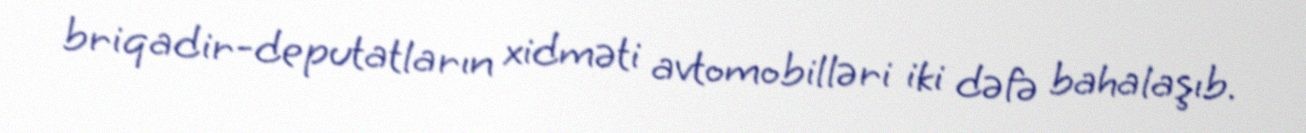
briqadir-deputatların xidməti avtomobilləri iki dəfə bahalaşıb.